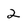
Character: 2